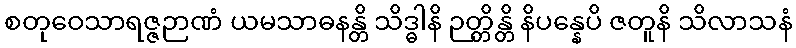
စတုဝေသာရဇ္ဇဉာဏံ ယမသာဓနန္တိ သိဒ္ဓါနိ ဉတ္တိန္တိ နိပန္နေပိ ဇတူနိ သိလာသနံ